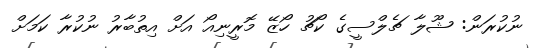
ނުކުރަން: ޝޫލާ ޗެލްސީގެ ކޯޗު ހޯޒޭ މޮރީނިއޯ އަށް އިތުބާރު ނުކުރާ ކަމަށް